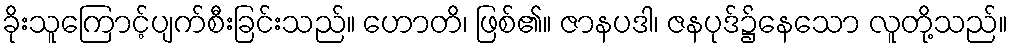
ခိုးသူကြောင့်ပျက်စီးခြင်းသည်။ ဟောတိ၊ ဖြစ်၏။ ဇာနပဒါ၊ ဇနပုဒ်၌နေသော လူတို့သည်။